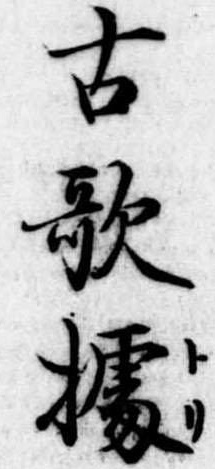
古歌拠